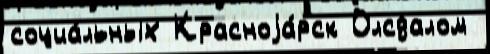
социа́льных Красноjа́рск Олсдалом